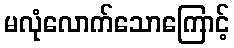
မလုံလောက်သောကြောင့်